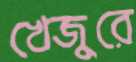
খেজুরে